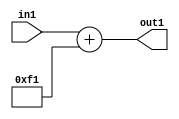
`timescale 1ps / 1ps
/*****************************************************************************
    Verilog RTL Description
    
    
    Created by: Stratus DpOpt 2019.1.01 
*******************************************************************************/

module DC_Filter_Add_12U_64_1 (
	in1,
	out1
	); /* architecture "behavioural" */ 
input [11:0] in1;
output [11:0] out1;
wire [11:0] asc001;

assign asc001 = 
	+(in1)
	+(12'B000011110001);

assign out1 = asc001;
endmodule

/* CADENCE  urnxSwA= : u9/ySgnWtBlWxVPRXgAZ4Og= ** DO NOT EDIT THIS LINE ******/